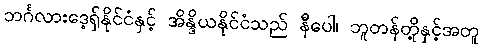
ဘင်္ဂလားဒေ့ရှ်နိုင်ငံနှင့် အိန္ဒိယနိုင်ငံသည် နီပေါ၊ ဘူတန်တို့နှင့်အတူ